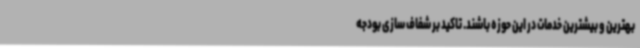
بهترین و بیشترین خدمات در این حوزه باشند. تاکید بر شفاف سازی بودجه